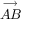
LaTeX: \stackrel { \longrightarrow } { A B }